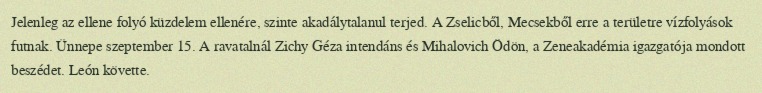
Jelenleg az ellene folyó küzdelem ellenére, szinte akadálytalanul terjed. A Zselicből, Mecsekből erre a területre vízfolyások futnak. Ünnepe szeptember 15. A ravatalnál Zichy Géza intendáns és Mihalovich Ödön, a Zeneakadémia igazgatója mondott beszédet. León követte.